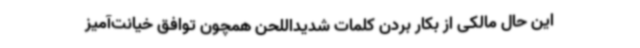
این حال مالکی از بکار بردن کلمات شدیداللحن همچون توافق خیانت‌آمیز